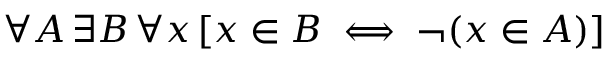
\forall A \, \exists B \, \forall x \, [ x \in B \iff \neg ( x \in A ) ]